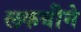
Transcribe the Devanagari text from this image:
लकबीने